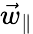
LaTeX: \vec{w}_{\parallel}